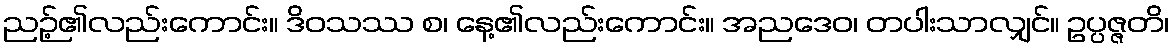
ညဉ့်၏လည်းကောင်း။ ဒိဝသဿ စ၊ နေ့၏လည်းကောင်း။ အညဒေဝ၊ တပါးသာလျှင်။ ဥပ္ပဇ္ဇတိ၊